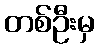
တစ်ဦးမှ